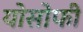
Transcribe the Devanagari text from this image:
योसोफी